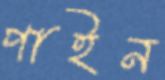
পাইন